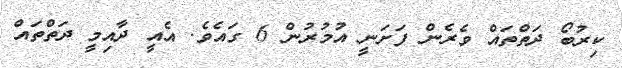
ކިރުބޯ ދަތްތައް ވެރެން ފަށަނީ އުމުރުން 6 ގައެވެ. އެއީ ދާއިމީ ދަތްތައް